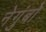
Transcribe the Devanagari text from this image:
नेगुंबो